Source: Handwritten
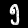
Digit: ၅ (5)